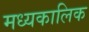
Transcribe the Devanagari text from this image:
मध्यकालिक